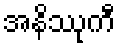
အနိဿုကီ